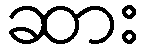
ဆား